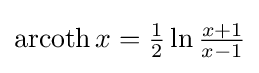
\operatorname {arcoth} x={\tfrac {1}{2}}\ln {\tfrac {x+1}{x-1}}